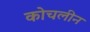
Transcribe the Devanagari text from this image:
कोचलीन